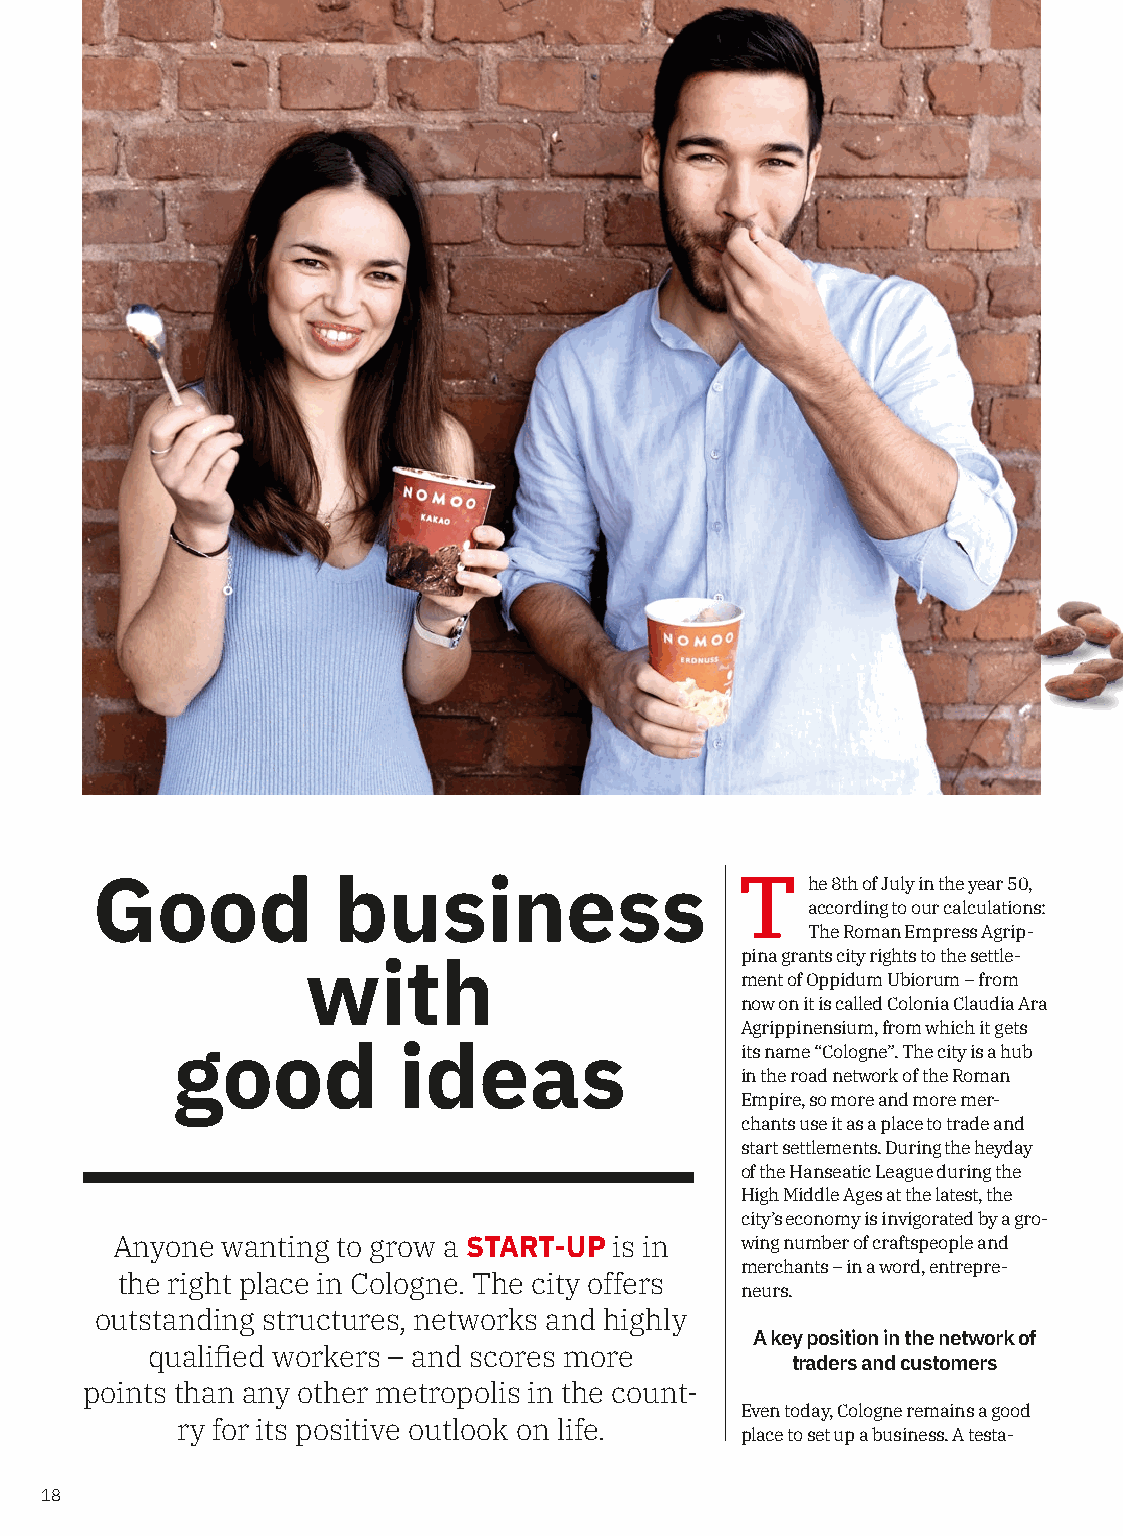
Good            business                   T   he 8th of July in the year 50,
 according to our calculations:
 The Roman Empress Agrip-
 pina grants city rights to the settle-
 with
 ment of Oppidum Ubiorum – from
 now on it is called Colonia Claudia Ara
 Agrippinensium, from which it gets
 good           ideas                  its name “Cologne”. The city is a hub
 in the road network of the Roman
 Empire, so more and more mer-
 chants use it as a place to trade and
 start settlements. During the heyday
 of the Hanseatic League during the
 High Middle Ages at the latest, the
 city’s economy is invigorated by a gro-
 Anyone  wanting to grow a START-UP is in  wing number of craftspeople and
 merchants – in a word, entrepre-
 the right place in Cologne. The city offers
 neurs.
 outstanding structures, networks and highly
 A key position in the network of
 qualified workers – and scores more
 traders and customers
 points than any other metropolis in the count-
 Even today, Cologne remains a good
 ry for its positive outlook on life.
 place to set up a business. A testa-
 18